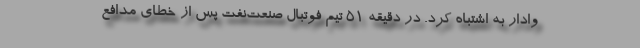
وادار به اشتباه کرد. در دقیقه ۵۱ تیم فوتبال صنعت‌نفت پس از خطای مدافع